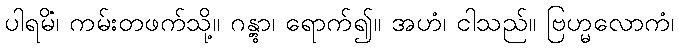
ပါရမိံ၊ ကမ်းတဖက်သို့။ ဂန္တွာ၊ ရောက်၍။ အဟံ၊ ငါသည်။ ဗြဟ္မလောကံ၊